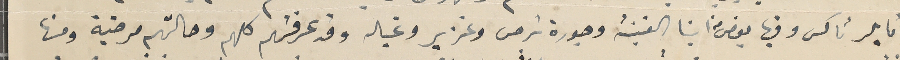
تايلرتاكس وفيها بعض من ابنا الغينة وجورة ترمس وغزير وغباله وقد عرفتهم كلهم وحالتهم مرضية ومنها